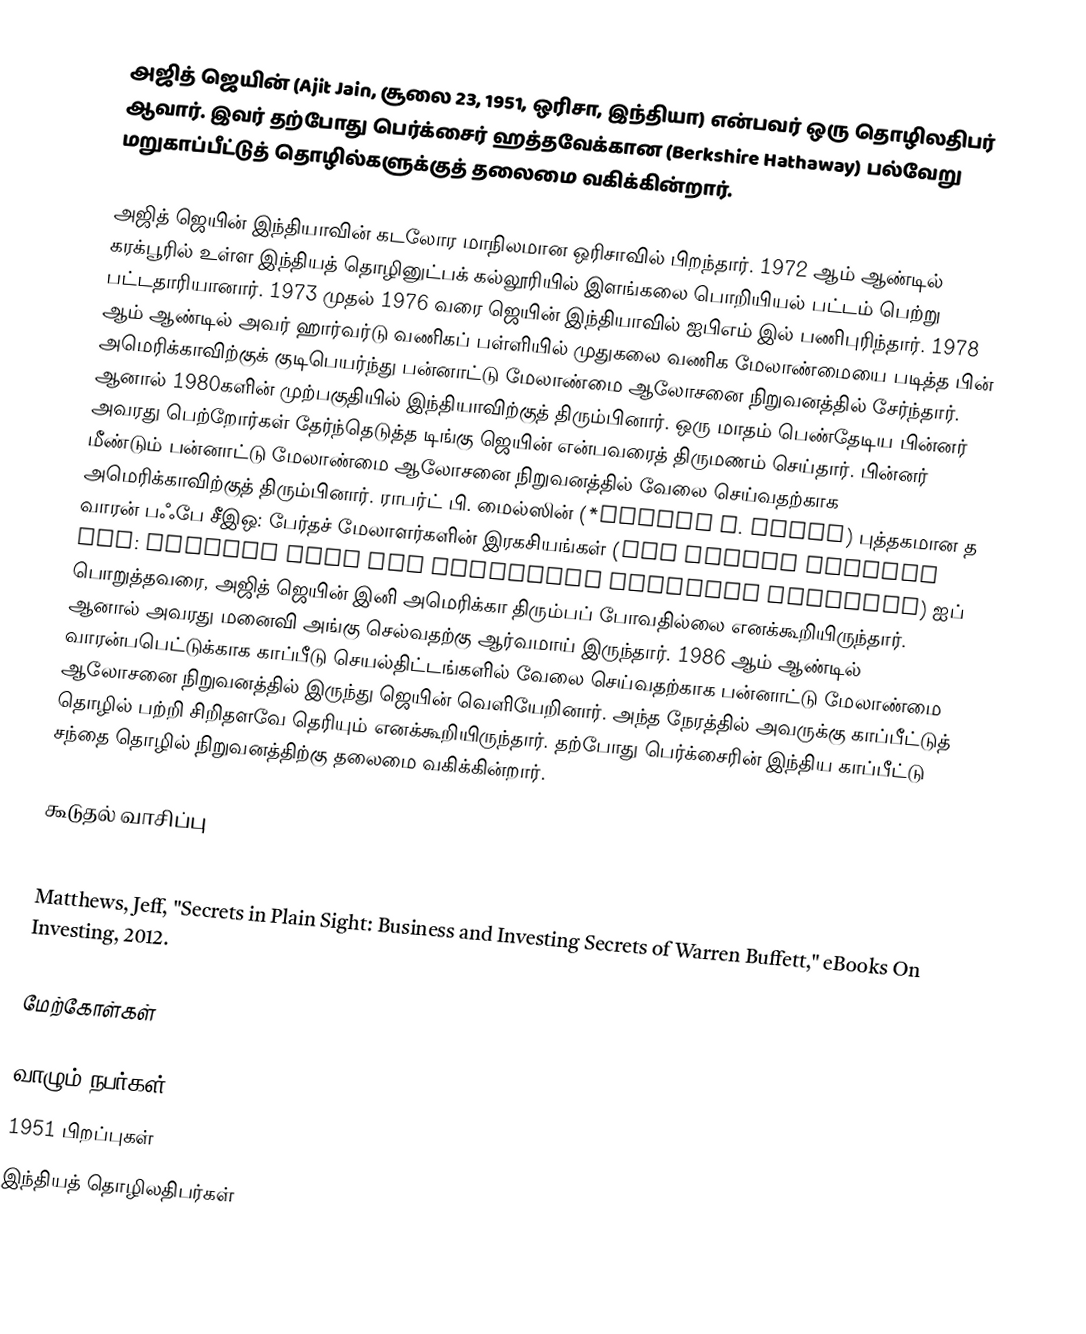
அஜித் ஜெயின் (Ajit Jain, சூலை 23, 1951, ஒரிசா, இந்தியா) என்பவர் ஒரு தொழிலதிபர் ஆவார். இவர் தற்போது பெர்க்சைர் ஹத்தவேக்கான (Berkshire Hathaway) பல்வேறு மறுகாப்பீட்டுத் தொழில்களுக்குத் தலைமை வகிக்கின்றார்.

அஜித் ஜெயின் இந்தியாவின் கடலோர மாநிலமான ஒரிசாவில் பிறந்தார். 1972 ஆம் ஆண்டில் கரக்பூரில் உள்ள இந்தியத் தொழினுட்பக் கல்லூரியில் இளங்கலை பொறியியல் பட்டம் பெற்று பட்டதாரியானார். 1973 முதல் 1976 வரை ஜெயின் இந்தியாவில் ஐபிஎம் இல் பணிபுரிந்தார். 1978 ஆம் ஆண்டில் அவர் ஹார்வர்டு வணிகப் பள்ளியில் முதுகலை வணிக மேலாண்மையை படித்த பின் அமெரிக்காவிற்குக் குடிபெயர்ந்து பன்னாட்டு மேலாண்மை ஆலோசனை நிறுவனத்தில் சேர்ந்தார். ஆனால் 1980களின் முற்பகுதியில் இந்தியாவிற்குத் திரும்பினார். ஒரு மாதம் பெண்தேடிய பின்னர் அவரது பெற்றோர்கள் தேர்ந்தெடுத்த டிங்கு ஜெயின் என்பவரைத் திருமணம் செய்தார். பின்னர் மீண்டும் பன்னாட்டு மேலாண்மை ஆலோசனை நிறுவனத்தில் வேலை செய்வதற்காக அமெரிக்காவிற்குத் திரும்பினார். ராபர்ட் பி. மைல்ஸின் (*Robert P. Miles) புத்தகமான த வாரன் பஃபே சீஇஒ: பேர்தச் மேலாளர்களின் இரகசியங்கள் (The Warren Buffett CEO: Secrets from the Berkshire Hathaway Managers) ஐப் பொறுத்தவரை, அஜித் ஜெயின் இனி அமெரிக்கா திரும்பப் போவதில்லை எனக்கூறியிருந்தார். ஆனால் அவரது மனைவி அங்கு செல்வதற்கு ஆர்வமாய் இருந்தார். 1986 ஆம் ஆண்டில் வாரன்பபெட்டுக்காக காப்பீடு செயல்திட்டங்களில் வேலை செய்வதற்காக பன்னாட்டு மேலாண்மை ஆலோசனை நிறுவனத்தில் இருந்து ஜெயின் வெளியேறினார். அந்த நேரத்தில் அவருக்கு காப்பீட்டுத் தொழில் பற்றி சிறிதளவே தெரியும் எனக்கூறியிருந்தார். தற்போது பெர்க்சைரின் இந்திய காப்பீட்டு சந்தை தொழில் நிறுவனத்திற்கு தலைமை வகிக்கின்றார்.

கூடுதல் வாசிப்பு
 Miles, Robert P., "The Warren Buffett CEO: Secrets from the Berkshire Hathaway Managers," John Wiley & Sons Inc., 2003.
 Matthews, Jeff, "Secrets in Plain Sight: Business and Investing Secrets of Warren Buffett," eBooks On Investing, 2012.

மேற்கோள்கள்

வாழும் நபர்கள்
1951 பிறப்புகள்
இந்தியத் தொழிலதிபர்கள்